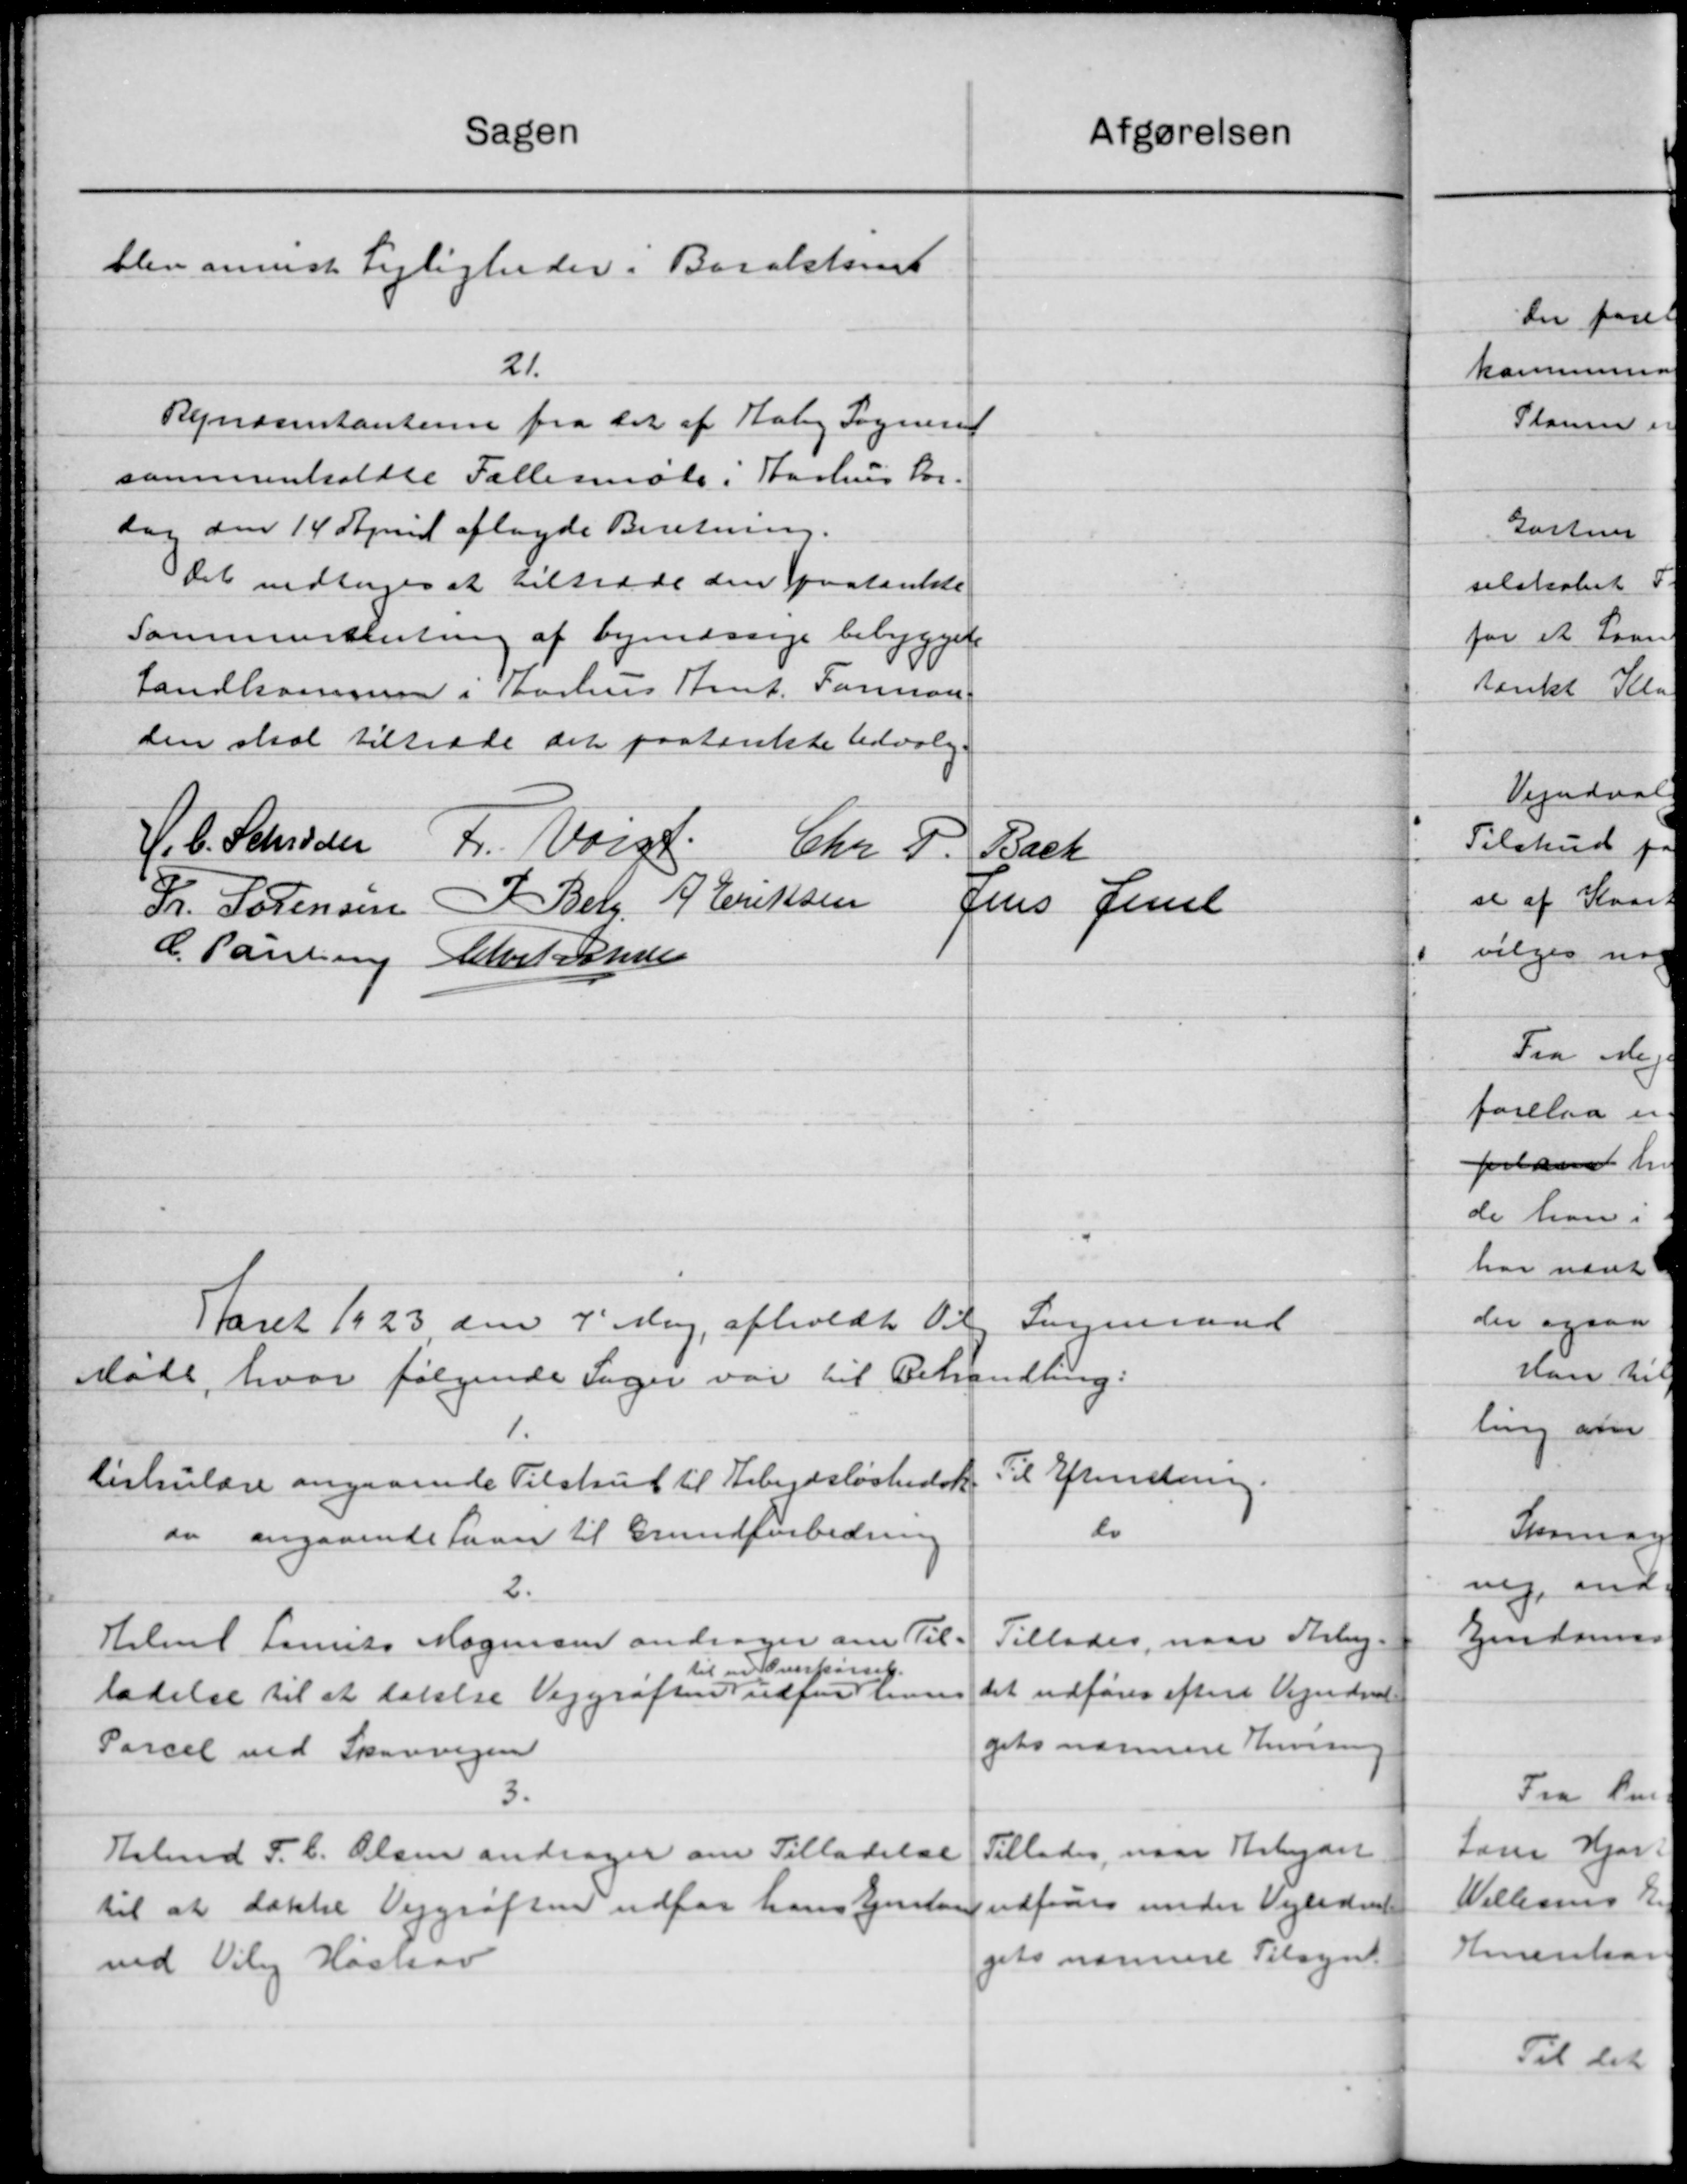
Transskription:
Sagen
afgørelsen
blev anvist Lejligheder. Barakteret
21.
Rejnæsentanterne fra det af Aaby Sogneraa
sammenholdte Fællesmøde i Aarhus For-
dag den 14 April aflagde Beretning.
Det vedtoges at tiltræde den paatænkte
Sammenslutning af byenæssige bebyggelse
Landkommune i Aarhus Amt. Forman
den skal tiltræde det paatænkte Udvalg.
Fr. Wrigt
H. C. Schrøder
Chr. F.
Back
I Berg. H. Eriksen
Jens Jensen
Fr. Sørensen
C. Paulsen
Chil Jense
Aaret 1923 den 4' Maj afholdt Til Sogneraad
Møde, hvor følgende Sager var til Behandling.
1.
Til Efterretning.
Cirkulære angaaende Tilskud til Arbejdsløshedsk
do
an angaaende Laan til Grundforbedring
2.
Tillades, naar Arbej-
Halmt Laurits Mogensen andrager om Til-
til en Overkørsel.
det udføres efter Vejudval
ladelse til at talle Vejgrøften Nielsens Jensen
gets nærmere Anvisning
Parcel ved Skovvejen
3.
Tillades, naar Arbejdet
Arbmd F. C. Olsen andrager om Tilladelse
udfører under Vejledn
til at dække Vejgrøften udfor hans Ejendom
gets nærmere Tilsyn
ved Viby Høstav